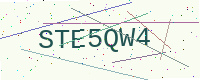
Text: STE5QW4